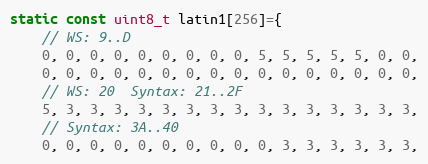
Language: C++
static const uint8_t latin1[256]={
    // WS: 9..D
    0, 0, 0, 0, 0, 0, 0, 0, 0, 5, 5, 5, 5, 5, 0, 0,
    0, 0, 0, 0, 0, 0, 0, 0, 0, 0, 0, 0, 0, 0, 0, 0,
    // WS: 20  Syntax: 21..2F
    5, 3, 3, 3, 3, 3, 3, 3, 3, 3, 3, 3, 3, 3, 3, 3,
    // Syntax: 3A..40
    0, 0, 0, 0, 0, 0, 0, 0, 0, 0, 3, 3, 3, 3, 3, 3,